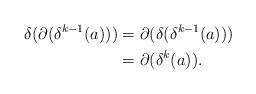
LaTeX: \begin{align*} \delta(\partial(\delta^{k-1}(a))) &= \partial(\delta(\delta^{k-1}(a)))\\ &= \partial(\delta^k(a)). \end{align*}